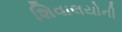
શિવાલયોની